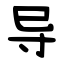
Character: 导